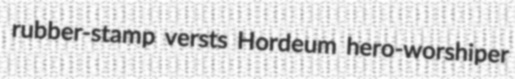
rubber-stamp versts Hordeum hero-worshiper